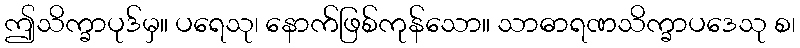
ဤသိက္ခာပုဒ်မှ။ ပရေသု၊ နောက်ဖြစ်ကုန်သော။ သာဓာရဏသိက္ခာပဒေသု စ၊